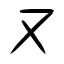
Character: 又